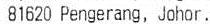
81620 PENGERANG, JOHOR.